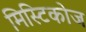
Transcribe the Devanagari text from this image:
मिस्टिकोज